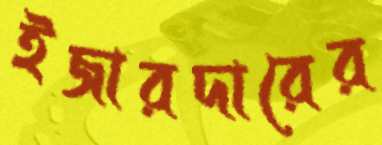
ইজারদারের